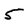
Character: S